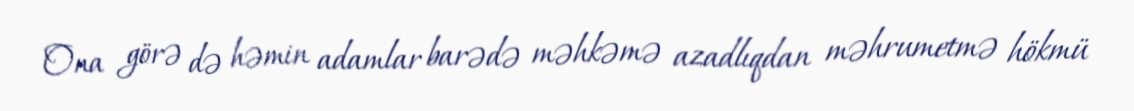
Ona görə də həmin adamlar barədə məhkəmə azadlıqdan məhrumetmə hökmü